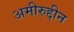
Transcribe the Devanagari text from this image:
अमीरुद्दीन